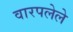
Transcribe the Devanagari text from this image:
वारपलेले